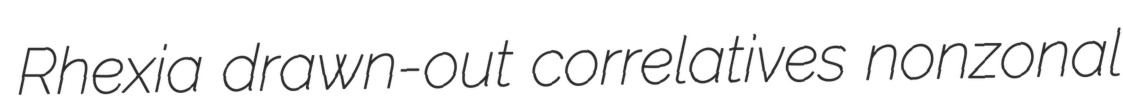
Rhexia drawn-out correlatives nonzonal